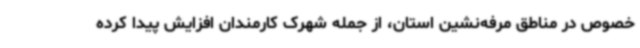
خصوص در مناطق مرفه‌نشین استان، از جمله شهرک کارمندان افزایش پیدا کرده